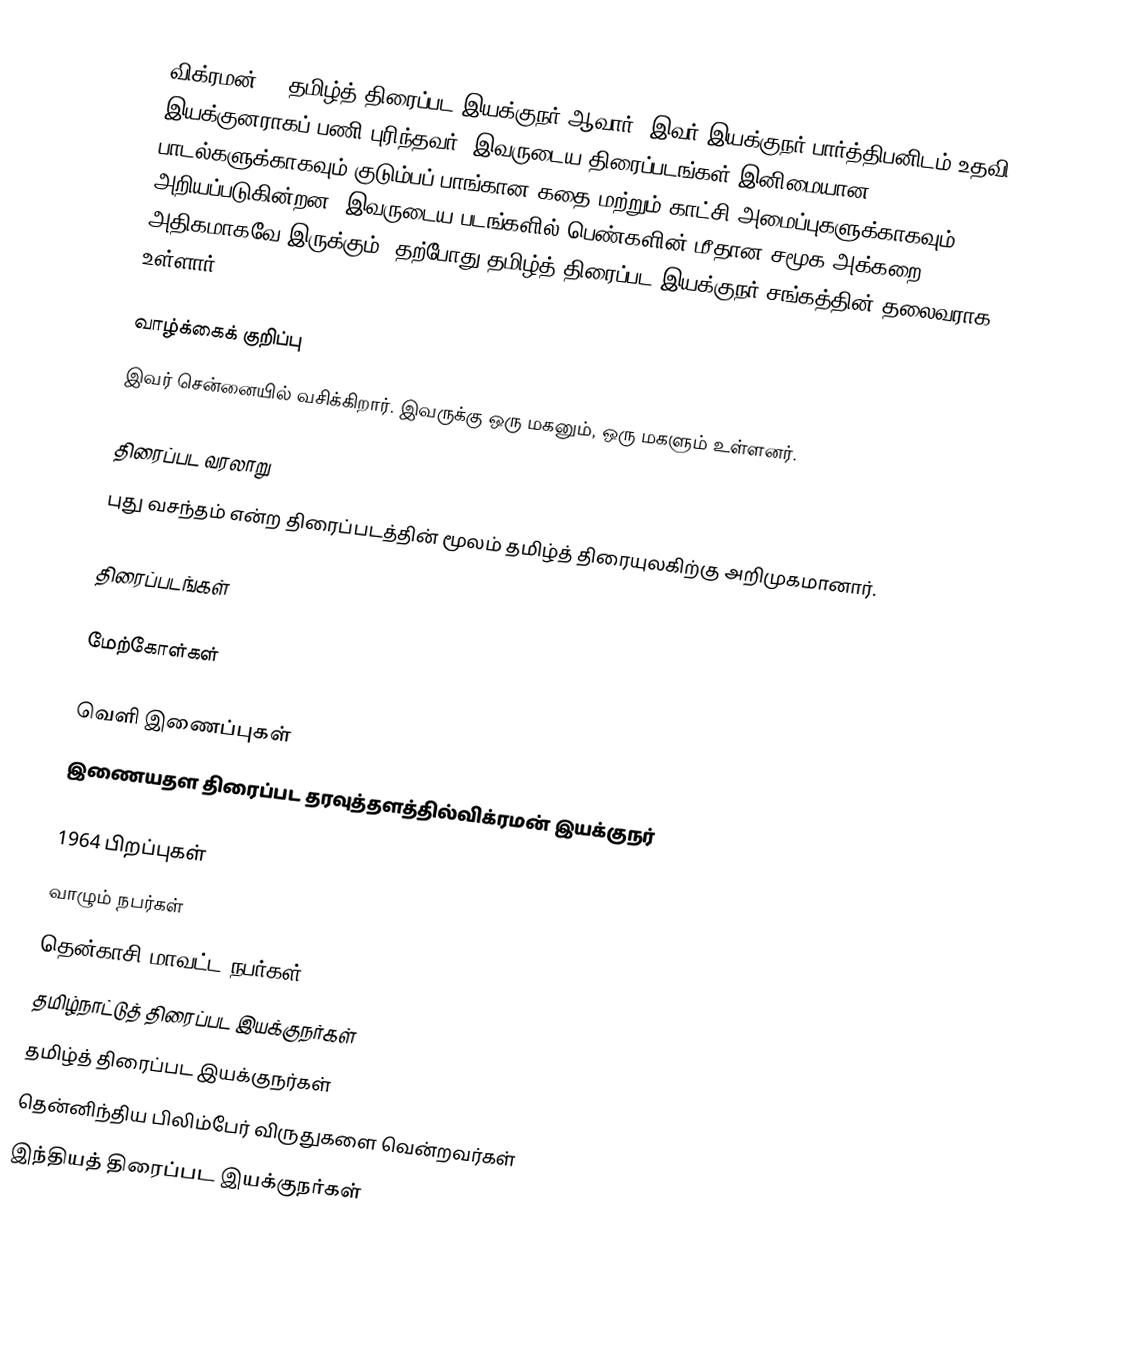
விக்ரமன் () தமிழ்த் திரைப்பட இயக்குநர் ஆவார். இவர் இயக்குநர் பார்த்திபனிடம் உதவி இயக்குனராகப் பணி புரிந்தவர். இவருடைய திரைப்படங்கள் இனிமையான பாடல்களுக்காகவும் குடும்பப் பாங்கான கதை மற்றும் காட்சி அமைப்புகளுக்காகவும் அறியப்படுகின்றன. இவருடைய படங்களில் பெண்களின் மீதான சமூக அக்கறை அதிகமாகவே இருக்கும். தற்போது தமிழ்த் திரைப்பட இயக்குநர் சங்கத்தின் தலைவராக உள்ளார்.

வாழ்க்கைக் குறிப்பு
இவர் சென்னையில் வசிக்கிறார். இவருக்கு ஒரு மகனும், ஒரு மகளும் உள்ளனர்.

திரைப்பட வரலாறு
புது வசந்தம் என்ற திரைப்படத்தின் மூலம் தமிழ்த் திரையுலகிற்கு அறிமுகமானார்.

திரைப்படங்கள்

மேற்கோள்கள்

வெளி இணைப்புகள்
இணையதள திரைப்பட தரவுத்தளத்தில்விக்ரமன் இயக்குநர்

1964 பிறப்புகள்
வாழும் நபர்கள்
தென்காசி மாவட்ட நபர்கள்
தமிழ்நாட்டுத் திரைப்பட இயக்குநர்கள்
தமிழ்த் திரைப்பட இயக்குநர்கள்
தென்னிந்திய பிலிம்பேர் விருதுகளை வென்றவர்கள்
இந்தியத் திரைப்பட இயக்குநர்கள்